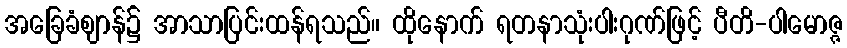
အခြေခံဈာန်၌ အာသာပြင်းထန်ရသည်။ ထိုနောက် ရတနာသုံးပါးဂုဏ်ဖြင့် ပီတိ-ပါမောဇ္ဇ